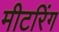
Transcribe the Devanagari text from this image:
मीटरिंग